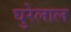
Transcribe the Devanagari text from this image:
घुरेलाल